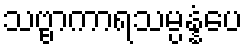
သဗ္ဗာကာရသမ္ပန္နံပေ